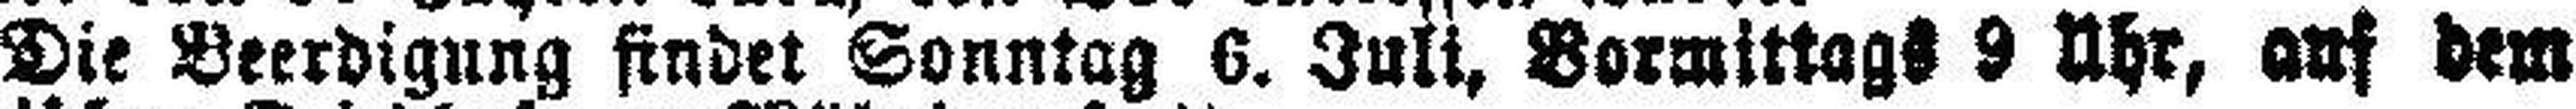
Die Beerdigung findet Sonntag 6. Juli, Vormittags 9 Uhr, auf dem